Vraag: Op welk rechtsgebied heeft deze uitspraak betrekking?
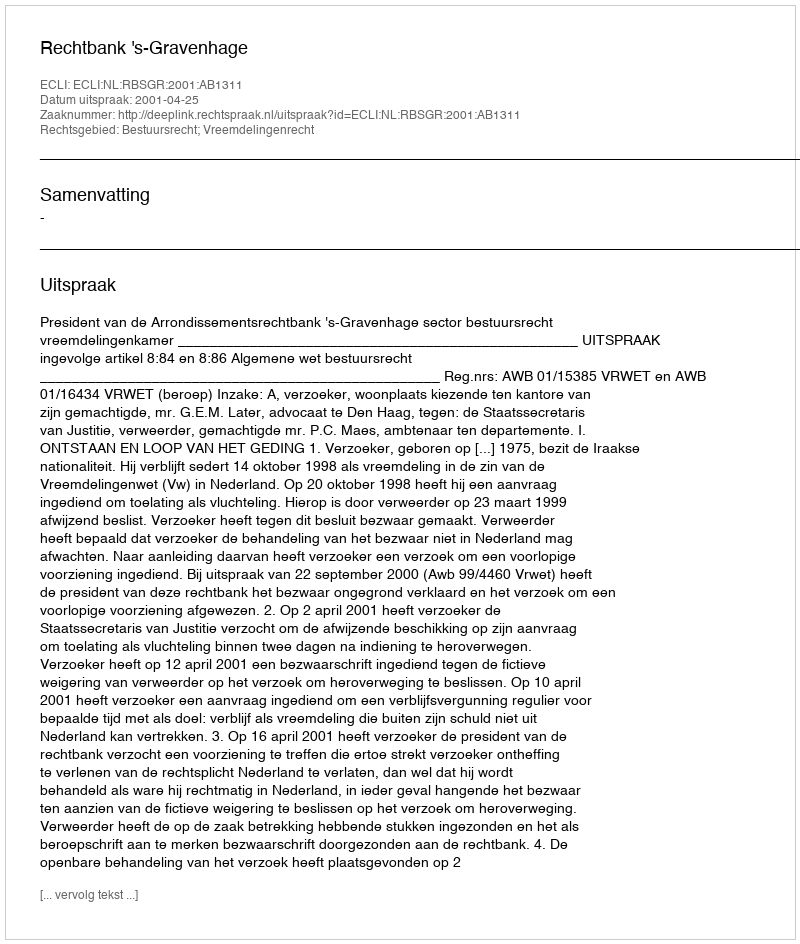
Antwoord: Bestuursrecht; Vreemdelingenrecht